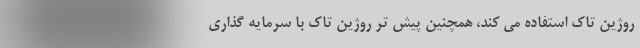
روژین تاک استفاده می کند، همچنین پیش تر روژین تاک با سرمایه گذاری